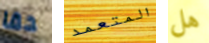
حقا المتعمد هل